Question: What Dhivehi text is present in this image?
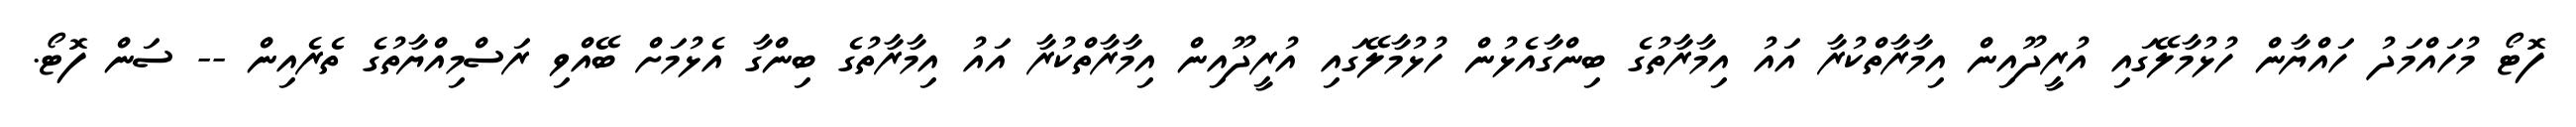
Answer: ފޮޓޯ މުހައްމަދު ހައްޔާން ހުޅުމާލޭގައި އުރީދޫއިން އިމާރާތްކުރާ އައު އިމާރާތުގެ ބިންގާއެޅުން ހުޅުމާލޭގައި އުރީދޫއިން އިމާރާތްކުރާ އައު އިމާރާތުގެ ބިންގާ އެޅުމަށް ބޭއްވި ރަސްމިއްޔާތުގެ ތެރެއިން -- ސަން ފޮޓޯ.